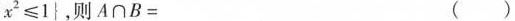
x ^{ 2 } ≤ 1 }$$，则 $$A \cap B =$$ ( )